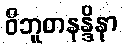
ဝိဘူတနန္ဒိနာ